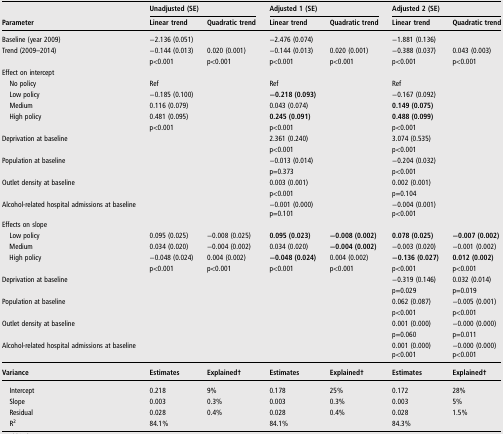
<table><thead><tr><td rowspan="2"><b>Parameter</b></td><td colspan="2"><b>Unadjusted (SE)</b></td><td colspan="2"><b>Adjusted 1 (SE)</b></td><td colspan="2"><b>Adjusted 2 (SE)</b></td></tr><tr><td><b>Linear trend</b></td><td><b>Quadratic trend</b></td><td><b>Linear trend</b></td><td><b>Quadratic trend</b></td><td><b>Linear trend</b></td><td><b>Quadratic trend</b></td></tr></thead><tbody><tr><td>Baseline (year 2009)</td><td>−2.136 (0.051)</td><td></td><td>−2.476 (0.074)</td><td></td><td>−1.881 (0.136)</td><td></td></tr><tr><td>Trend (2009–2014)</td><td>−0.144 (0.013)</td><td>0.020 (0.001)</td><td>−0.144 (0.013)</td><td>0.020 (0.001)</td><td>−0.388 (0.037)</td><td>0.043 (0.003)</td></tr><tr><td></td><td>p&lt;0.001</td><td>p&lt;0.001</td><td>p&lt;0.001</td><td>p&lt;0.001</td><td>p&lt;0.001</td><td>p&lt;0.001</td></tr><tr><td colspan="7">Effect on intercept</td></tr><tr><td> No policy</td><td>Ref</td><td></td><td>Ref</td><td></td><td>Ref</td><td></td></tr><tr><td> Low policy</td><td>−0.185 (0.100)</td><td></td><td><b>−0.218 (0.093)</b></td><td></td><td>−0.167 (0.092)</td><td></td></tr><tr><td> Medium</td><td>0.116 (0.079)</td><td></td><td>0.043 (0.074)</td><td></td><td><b>0.149 (0.075)</b></td><td></td></tr><tr><td> High policy</td><td>0.481 (0.095)</td><td></td><td><b>0.245 (0.091)</b></td><td></td><td><b>0.488 (0.099)</b></td><td></td></tr><tr><td></td><td>p&lt;0.001</td><td></td><td>p&lt;0.001</td><td></td><td>p&lt;0.001</td><td></td></tr><tr><td>Deprivation at baseline</td><td></td><td></td><td>2.361 (0.240)</td><td></td><td>3.074 (0.535)</td><td></td></tr><tr><td></td><td></td><td></td><td>p&lt;0.001</td><td></td><td>p&lt;0.001</td><td></td></tr><tr><td>Population at baseline</td><td></td><td></td><td>−0.013 (0.014)</td><td></td><td>−0.204 (0.032)</td><td></td></tr><tr><td></td><td></td><td></td><td>p=0.373</td><td></td><td>p&lt;0.001</td><td></td></tr><tr><td>Outlet density at baseline</td><td></td><td></td><td>0.003 (0.001)</td><td></td><td>0.002 (0.001)</td><td></td></tr><tr><td></td><td></td><td></td><td>p&lt;0.001</td><td></td><td>p=0.104</td><td></td></tr><tr><td rowspan="2">Alcohol-related hospital admissions at baseline</td><td></td><td></td><td>−0.001 (0.000)</td><td></td><td>−0.004 (0.001)</td><td></td></tr><tr><td></td><td></td><td>p=0.101</td><td></td><td>p&lt;0.001</td><td></td></tr><tr><td colspan="7">Effects on slope</td></tr><tr><td> Low policy</td><td>0.095 (0.025)</td><td>−0.008 (0.025)</td><td><b>0.095 (0.023)</b></td><td><b>−0.008 (0.002)</b></td><td><b>0.078 (0.025)</b></td><td><b>−0.007 (0.002)</b></td></tr><tr><td> Medium</td><td>0.034 (0.020)</td><td>−0.004 (0.002)</td><td>0.034 (0.020)</td><td><b>−0.004 (0.002)</b></td><td>−0.003 (0.020)</td><td>−0.001 (0.002)</td></tr><tr><td> High policy</td><td>−0.048 (0.024)</td><td>0.004 (0.002)</td><td><b>−0.048 (0.024)</b></td><td>0.004 (0.002)</td><td><b>−0.136 (0.027)</b></td><td><b>0.012 (0.002)</b></td></tr><tr><td></td><td>p&lt;0.001</td><td>p&lt;0.001</td><td>p&lt;0.001</td><td>p&lt;0.001</td><td>p&lt;0.001</td><td>p&lt;0.001</td></tr><tr><td>Deprivation at baseline</td><td></td><td></td><td></td><td></td><td>−0.319 (0.146)</td><td>0.032 (0.014)</td></tr><tr><td></td><td></td><td></td><td></td><td></td><td>p=0.029</td><td>p=0.019</td></tr><tr><td>Population at baseline</td><td></td><td></td><td></td><td></td><td>0.062 (0.087)</td><td>−0.005 (0.001)</td></tr><tr><td></td><td></td><td></td><td></td><td></td><td>p&lt;0.001</td><td>p&lt;0.001</td></tr><tr><td>Outlet density at baseline</td><td></td><td></td><td></td><td></td><td>0.001 (0.000)</td><td>−0.000 (0.000)</td></tr><tr><td></td><td></td><td></td><td></td><td></td><td>p=0.060</td><td>p=0.011</td></tr><tr><td rowspan="2">Alcohol-related hospital admissions at baseline</td><td></td><td></td><td></td><td></td><td>0.001 (0.000)</td><td>−0.000 (0.000)</td></tr><tr><td></td><td></td><td></td><td></td><td>p&lt;0.001</td><td>p&lt;0.001</td></tr><tr><td><b>Variance</b></td><td><b>Estimates</b></td><td><b>Explained†</b></td><td><b>Estimates</b></td><td><b>Explained†</b></td><td><b>Estimates</b></td><td><b>Explained†</b></td></tr><tr><td> Intercept</td><td>0.218</td><td>9%</td><td>0.178</td><td>25%</td><td>0.172</td><td>28%</td></tr><tr><td> Slope</td><td>0.003</td><td>0.3%</td><td>0.003</td><td>0.3%</td><td>0.003</td><td>5%</td></tr><tr><td> Residual</td><td>0.028</td><td>0.4%</td><td>0.028</td><td>0.4%</td><td>0.028</td><td>1.5%</td></tr><tr><td> R<sup>2</sup></td><td colspan="2">84.1%</td><td colspan="2">84.1%</td><td colspan="2">84.3%</td></tr></tbody></table>